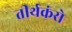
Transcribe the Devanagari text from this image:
तीर्थकंरो